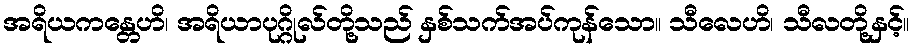
အရိယကန္တေဟိ၊ အရိယာပုဂ္ဂိုလ်တို့သည် နှစ်သက်အပ်ကုန်သော။ သီလေဟိ၊ သီလတို့နှင့်။